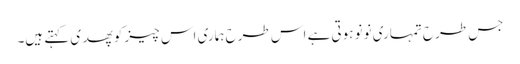
جس طرح تمہاری نونو ہوتی ہے اس طرح ہماری اس چیز کو پھدی کہتے ہیں۔